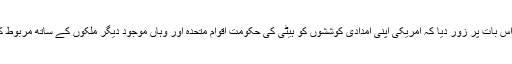
اُنھوں نے اِس بات پر زور دیا کہ امریکی اپنی امدادی کوششوں کو ہیٹی کی حکومت اقوامِ متحدہ اور وہاں موجود دیگر ملکوں کے ساتھ مربوط کر رہا ہے۔